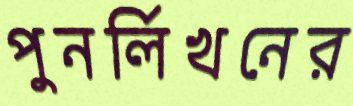
পুনর্লিখনের